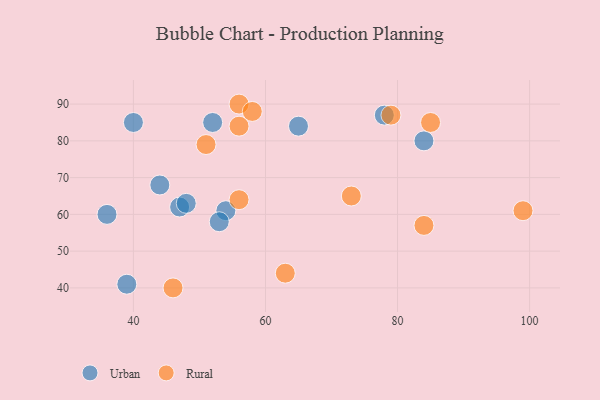
{"axis": {"x": "GDP", "y": "Life Expectancy"}, "legend": ["Rural", "Urban"], "data": [{"x": "44", "y": 68, "type": "Urban"}, {"x": "78", "y": 87, "type": "Urban"}, {"x": "47", "y": 62, "type": "Urban"}, {"x": "65", "y": 84, "type": "Urban"}, {"x": "36", "y": 60, "type": "Urban"}, {"x": "54", "y": 61, "type": "Urban"}, {"x": "84", "y": 80, "type": "Urban"}, {"x": "52", "y": 85, "type": "Urban"}, {"x": "40", "y": 85, "type": "Urban"}, {"x": "53", "y": 58, "type": "Urban"}, {"x": "39", "y": 41, "type": "Urban"}, {"x": "48", "y": 63, "type": "Urban"}, {"x": "56", "y": 90, "type": "Rural"}, {"x": "56", "y": 84, "type": "Rural"}, {"x": "46", "y": 40, "type": "Rural"}, {"x": "58", "y": 88, "type": "Rural"}, {"x": "79", "y": 87, "type": "Rural"}, {"x": "99", "y": 61, "type": "Rural"}, {"x": "73", "y": 65, "type": "Rural"}, {"x": "85", "y": 85, "type": "Rural"}, {"x": "56", "y": 64, "type": "Rural"}, {"x": "84", "y": 57, "type": "Rural"}, {"x": "51", "y": 79, "type": "Rural"}, {"x": "63", "y": 44, "type": "Rural"}]}